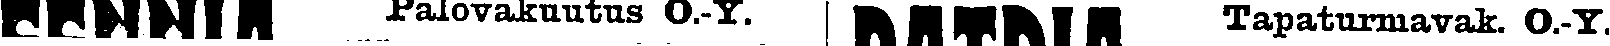
# Palovakuutus O.-Y. # Tapaturmavak. O.-Y.